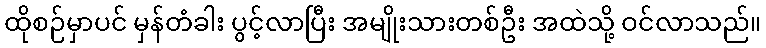
ထိုစဉ်မှာပင် မှန်တံခါး ပွင့်လာပြီး အမျိုးသားတစ်ဦး အထဲသို့ ဝင်လာသည်။